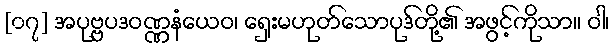
[၀၇] အပုဗ္ဗပဒဝဏ္ဏနံယေဝ၊ ရှေးမဟုတ်သောပုဒ်တို့၏ အဖွင့်ကိုသာ။ ဝါ၊